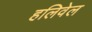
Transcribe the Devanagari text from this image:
हलिवेल